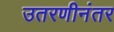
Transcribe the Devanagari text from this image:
उतरणीनंतर